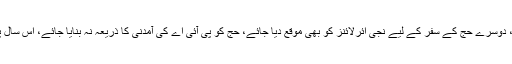
مثلاً سرکاری حج اخراجات میں کمی کی جائے جو اس وقت بھارت سے بھی زیادہ ہیں، دوسرے حج کے سفر کے لیے نجی ائرلائنز کو بھی موقع دیا جائے، حج کو پی آئی اے کی آمدنی کا ذریعہ نہ بنایا جائے، اس سال پی آئی اے کی ناقص کارکردگی سے حجاج کرام کو سخت دشواریوں کا سامنا کرنا پڑا۔